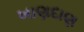
ખાણદાણ